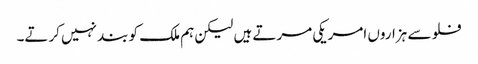
فلو سے ہزاروں امریکی مرتے ہیں لیکن ہم ملک کو بند نہیں کرتے۔